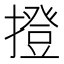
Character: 撜